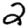
Digit: 2